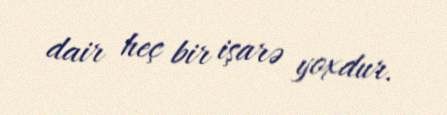
dair heç bir işarə yoxdur.